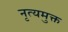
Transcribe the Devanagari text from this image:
नृत्यमुक्त